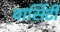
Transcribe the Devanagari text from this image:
वार्सिटी